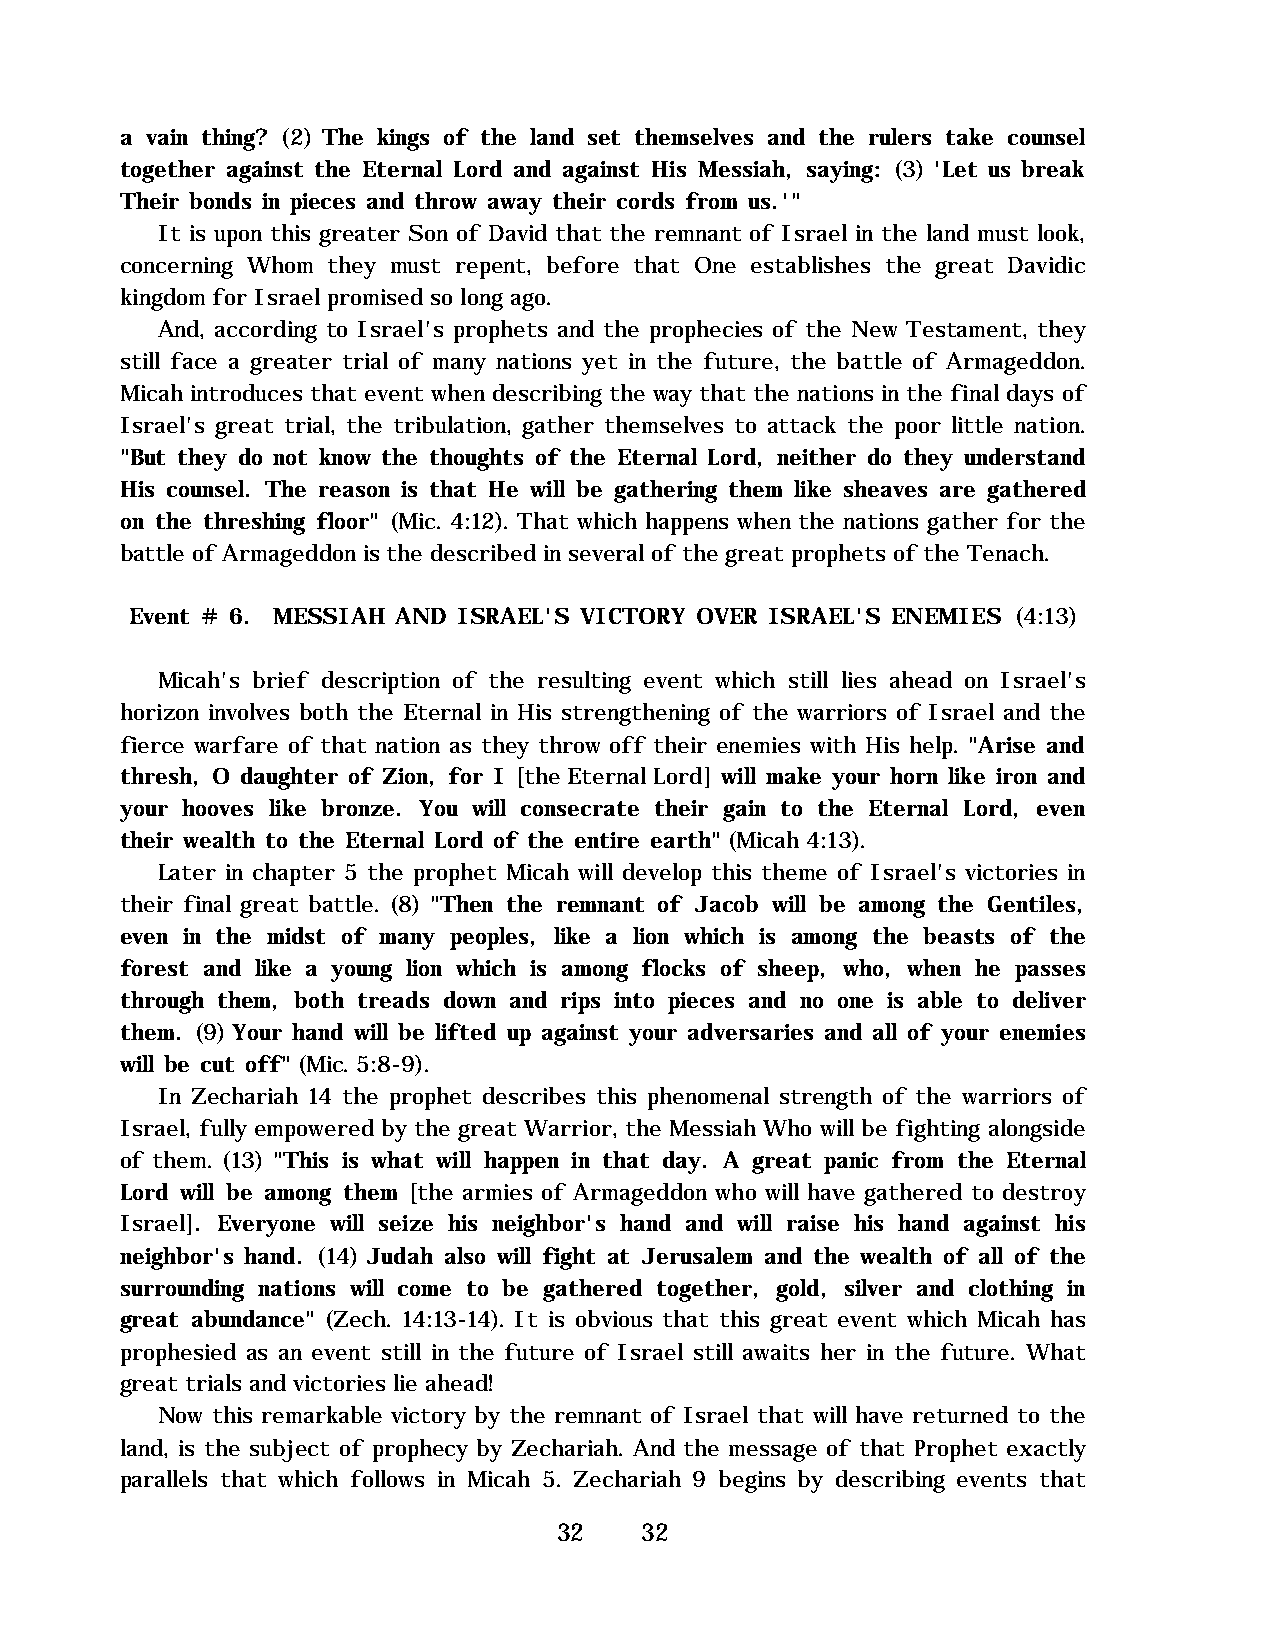
a vain thing? (2) The kings of the land set themselves and the rulers take counsel
 together against the Eternal Lord and against His Messiah, saying: (3) 'Let us break
 Their bonds in pieces and throw away their cords from us.'"
 It is upon this greater Son of David that the remnant of Israel in the land must look,
 concerning Whom they must repent, before that One establishes the great Davidic
 kingdom for Israel promised so long ago.
 And, according to Israel's prophets and the prophecies of the New Testament, they
 still face a greater trial of many nations yet in the future, the battle of Armageddon.
 Micah introduces that event when describing the way that the nations in the final days of
 Israel's great trial, the tribulation, gather themselves to attack the poor little nation.
 "But they do not know the thoughts of the Eternal Lord, neither do they understand
 His counsel. The reason is that He will be gathering them like sheaves are gathered
 on the threshing floor" (Mic. 4:12). That which happens when the nations gather for the
 battle of Armageddon is the described in several of the great prophets of the Tenach.
 Event # 6. MESSIAH AND ISRAEL'S VICTORY OVER ISRAEL'S ENEMIES (4:13)
 Micah's brief description of the resulting event which still lies ahead on Israel's
 horizon involves both the Eternal in His strengthening of the warriors of Israel and the
 fierce warfare of that nation as they throw off their enemies with His help. "Arise and
 thresh, O daughter of Zion, for I [the Eternal Lord] will make your horn like iron and
 your hooves like bronze. You will consecrate their gain to the Eternal Lord, even
 their wealth to the Eternal Lord of the entire earth" (Micah 4:13).
 Later in chapter 5 the prophet Micah will develop this theme of Israel's victories in
 their final great battle. (8) "Then the remnant of Jacob will be among the Gentiles,
 even in the midst of many peoples, like a lion which is among the beasts of the
 forest and like a young lion which is among flocks of sheep, who, when he passes
 through them, both treads down and rips into pieces and no one is able to deliver
 them. (9) Your hand will be lifted up against your adversaries and all of your enemies
 will be cut off" (Mic. 5:8-9).
 In Zechariah 14 the prophet describes this phenomenal strength of the warriors of
 Israel, fully empowered by the great Warrior, the Messiah Who will be fighting alongside
 of them. (13) "This is what will happen in that day. A great panic from the Eternal
 Lord will be among them [the armies of Armageddon who will have gathered to destroy
 Israel]. Everyone will seize his neighbor's hand and will raise his hand against his
 neighbor's hand. (14) Judah also will fight at Jerusalem and the wealth of all of the
 surrounding nations will come to be gathered together, gold, silver and clothing in
 great abundance" (Zech. 14:13-14). It is obvious that this great event which Micah has
 prophesied as an event still in the future of Israel still awaits her in the future. What
 great trials and victories lie ahead!
 Now this remarkable victory by the remnant of Israel that will have returned to the
 land, is the subject of prophecy by Zechariah. And the message of that Prophet exactly
 parallels that which follows in Micah 5. Zechariah 9 begins by describing events that
 32   32